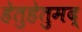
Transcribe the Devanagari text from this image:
हेतुहेतुमद्